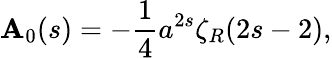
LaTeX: \mathbf{A}_{0}(s)=-{\frac{{1}}{{4}}}a^{2s}\zeta_{R}(2s-2),